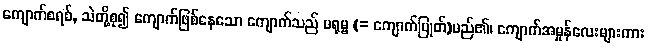
ကျောက်စရစ်, သဲတို့စု၍ ကျောက်ဖြစ်နေသော ကျောက်သည် မရုမ္ဗ (= ကျောက်ပြုတ်)မည်၏၊ ကျောက်အမှုန်လေးများကား